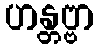
ဟန္တဗ္ဗာ